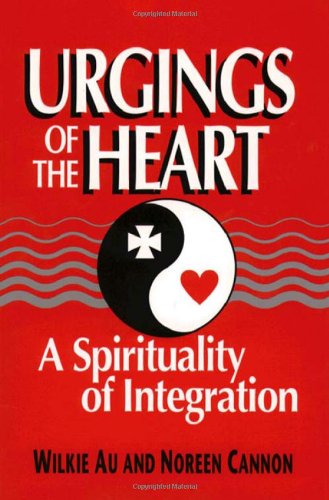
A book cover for Urgings of the Heart: A Spirituality of Integration; Wilkie Au; Religion & Spirituality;